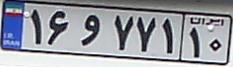
۱۶و۷۷۱۱۰